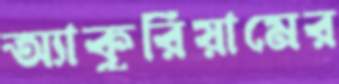
অ্যাকুরিয়ামের